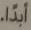
ابداً